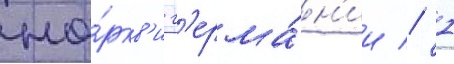
це́ркв'и г'ерма́н'ии // 1